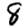
Digit: 8